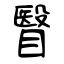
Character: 瞖